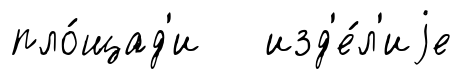
пло́щад'и изд'е́л'иjе